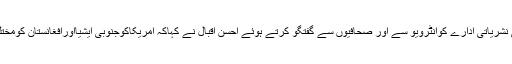
لندن میں امریکی ملکی نشریاتی ادارے کوانٹرویو سے اور صحافیوں سے گفتگو کرتے ہوئے احسن اقبال نے کہاکہ امریکاکوجنوبی ایشیااورافغانستان کومختلف اندازسےدیکھناہوگا۔